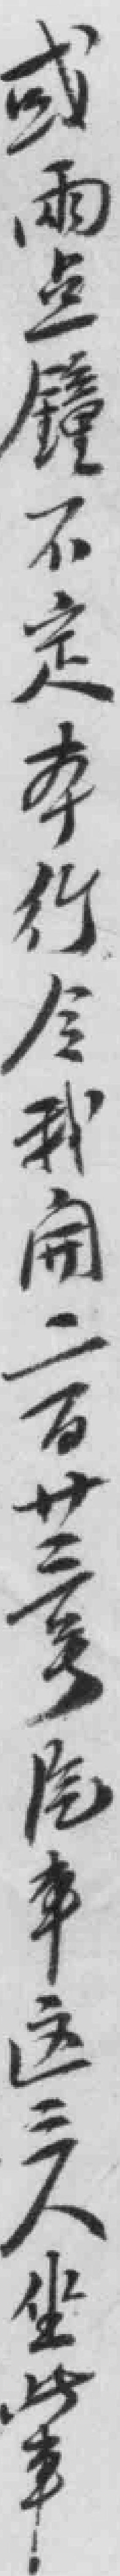
或两点種不定本行令我開二百卄三号汽车这三人坐此車